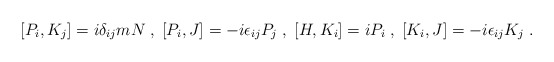
\begin{align*}[P_i,K_j] = i\delta_{ij}mN \; , \; [P_i,J] = -i\epsilon_{ij}P_j \; , \; [H,K_i] = iP_i \; , \; [K_i,J] = -i\epsilon_{ij}K_j \; .\end{align*}